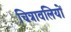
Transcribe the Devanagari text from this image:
चित्रावलियों